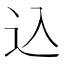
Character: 込